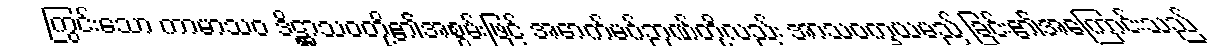
ကြွင်းသော ကာမာသဝ ဒိဋ္ဌာသဝတို့၏အစွမ်းဖြင့် အောက်မဂ်ဉာဏ်တို့လည်း အာသဝက္ခယမည် ခြင်း၏အကြောင်းသည်